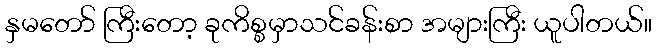
နှမတော် ကြီးတော့ ခုကိစ္စမှာသင်ခန်းစာ အများကြီး ယူပါတယ်။